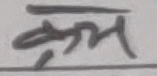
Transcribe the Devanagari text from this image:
प्रार्थ